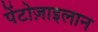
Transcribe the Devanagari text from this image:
पेंटोज़ाइलान